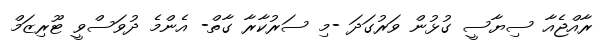
ރާއްޖެއާ ސިޔާސީ ގުޅުން ވަރުގަދަ -މި ސަރުކާރާ ގާތް- އެންމެ ދުވަސްވީ ޓޫރިޒަމް